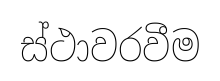
ස්ථාවරවීම